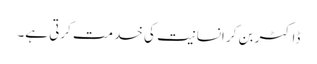
ڈاکٹر بن کر انسانیت کی خدمت کرتی ہے۔